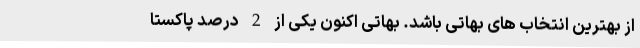
از بهترین انتخاب های بهاتی باشد. بهاتی اکنون یکی از 2 درصد پاکستا